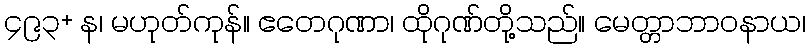
၄၉၃+ န၊ မဟုတ်ကုန်။ ဧတေဂုဏာ၊ ထိုဂုဏ်တို့သည်။ မေတ္တာဘာဝနာယ၊